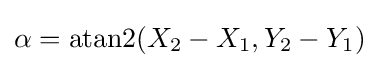
\alpha =\operatorname {atan2} (X_{2}-X_{1},Y_{2}-Y_{1})